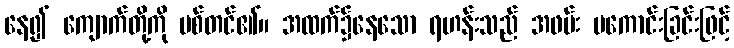
နေ၍ ကျောက်တို့ကို ပစ်တင်၏။ အထက်၌နေသော ရဟန်းသည် အဖမ်း မကောင်းခြင်းဖြင့်